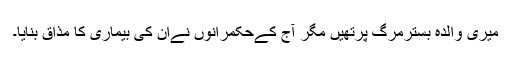
میری والدہ بسترمرگ پرتھیں مگر آج کےحکمرانوں نےان کی بیماری کا مذاق بنایا۔